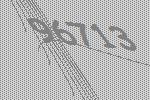
96713